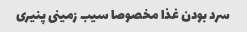
سرد بودن غذا مخصوصا سیب زمینی پنیری